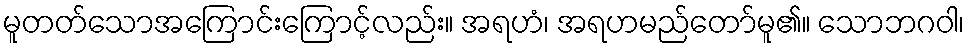
မူတတ်သောအကြောင်းကြောင့်လည်း။ အရဟံ၊ အရဟမည်တော်မူ၏။ သောဘဂဝါ၊